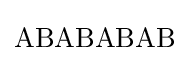
\mathrm {ABABABAB}